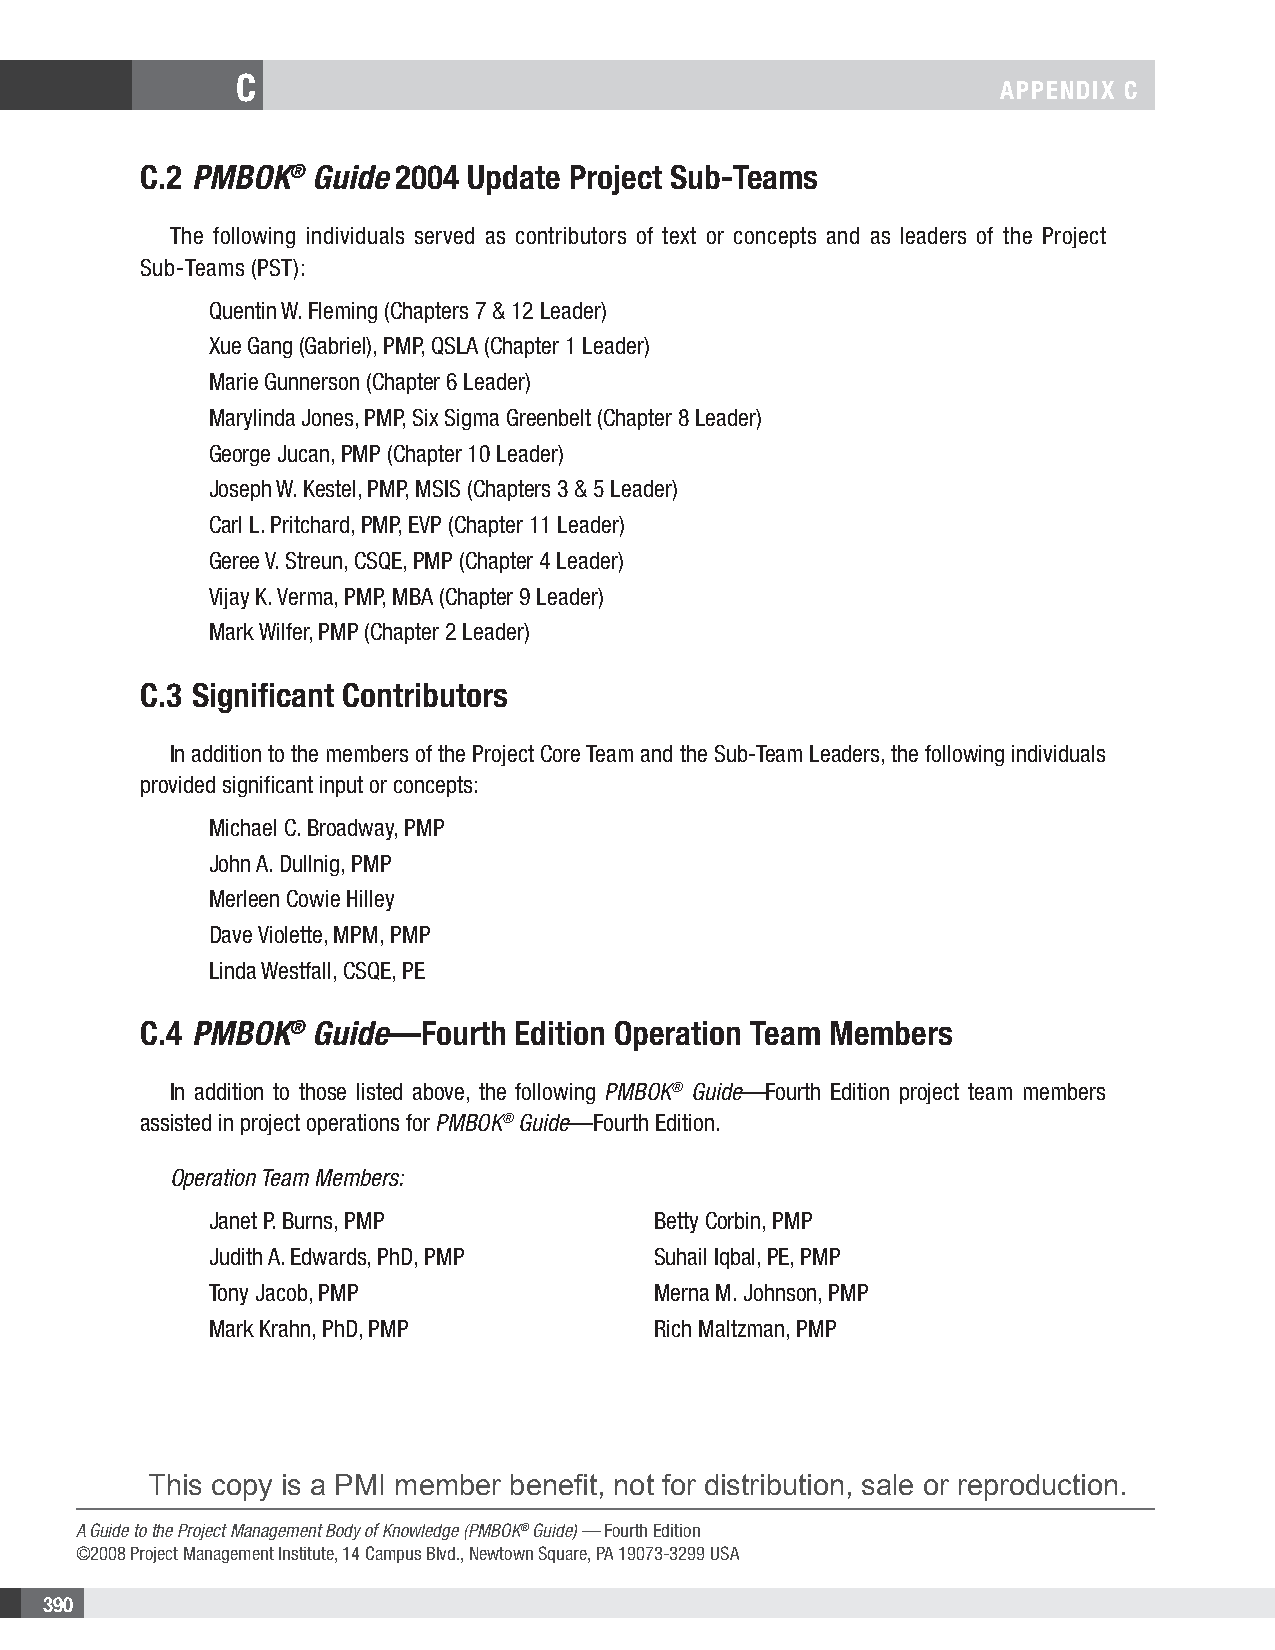
C
 APPENDIX C
 C.2 PMBOK®  Guide 2004 Update Project Sub-Teams
 The following individuals served as contributors of text or concepts and as leaders of the Project
 Sub-Teams (PST):
 Quentin W. Fleming (Chapters 7 & 12 Leader)
 Xue Gang (Gabriel), PMP, QSLA (Chapter 1 Leader)
 Marie Gunnerson (Chapter 6 Leader)
 Marylinda Jones, PMP, Six Sigma Greenbelt (Chapter 8 Leader)
 George Jucan, PMP (Chapter 10 Leader)
 Joseph W. Kestel, PMP, MSIS (Chapters 3 & 5 Leader)
 Carl L. Pritchard, PMP, EVP (Chapter 11 Leader)
 Geree V. Streun, CSQE, PMP (Chapter 4 Leader)
 Vijay K. Verma, PMP, MBA (Chapter 9 Leader)
 Mark Wilfer, PMP (Chapter 2 Leader)
 C.3 Significant Contributors
 In addition to the members of the Project Core Team and the Sub-Team Leaders, the following individuals
 provided significant input or concepts:
 Michael C. Broadway, PMP
 John A. Dullnig, PMP
 Merleen Cowie Hilley
 Dave Violette, MPM, PMP
 Linda Westfall, CSQE, PE
 C.4 PMBOK®  Guide—Fourth Edition Operation Team Members
 In addition to those listed above, the following PMBOK® Guide—Fourth Edition project team members
 assisted in project operations for PMBOK® Guide—Fourth Edition.
 Operation Team Members:
 Janet P. Burns, PMP          Betty Corbin, PMP
 Judith A. Edwards, PhD, PMP  Suhail Iqbal, PE, PMP
 Tony Jacob, PMP              Merna M. Johnson, PMP
 Mark Krahn, PhD, PMP         Rich Maltzman, PMP
 This copy is a PMI member benefit, not for distribution, sale or reproduction.
 A Guide to the Project Management Body of Knowledge (PMBOK® Guide) — Fourth Edition
 ©2008 Project Management Institute, 14 Campus Blvd., Newtown Square, PA 19073-3299 USA
 390